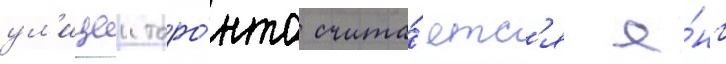
ул'ицеи торо́нто счита́етс'я я́нг